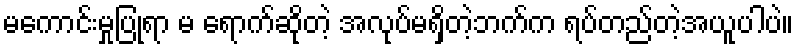
မကောင်းမှုပြုရာ မ ရောက်ဆိုတဲ့ အလုပ်မရှိတဲ့ဘက်က ရပ်တည်တဲ့အယူပါပဲ။